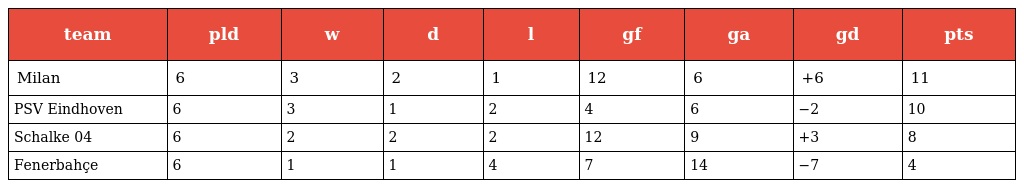
| team | pld | w | d | l | gf | ga | gd | pts |
 | --- | --- | --- | --- | --- | --- | --- | --- | --- |
 | Milan | 6 | 3 | 2 | 1 | 12 | 6 | +6 | 11 |
 | PSV Eindhoven | 6 | 3 | 1 | 2 | 4 | 6 | −2 | 10 |
 | Schalke 04 | 6 | 2 | 2 | 2 | 12 | 9 | +3 | 8 |
 | Fenerbahçe | 6 | 1 | 1 | 4 | 7 | 14 | −7 | 4 |